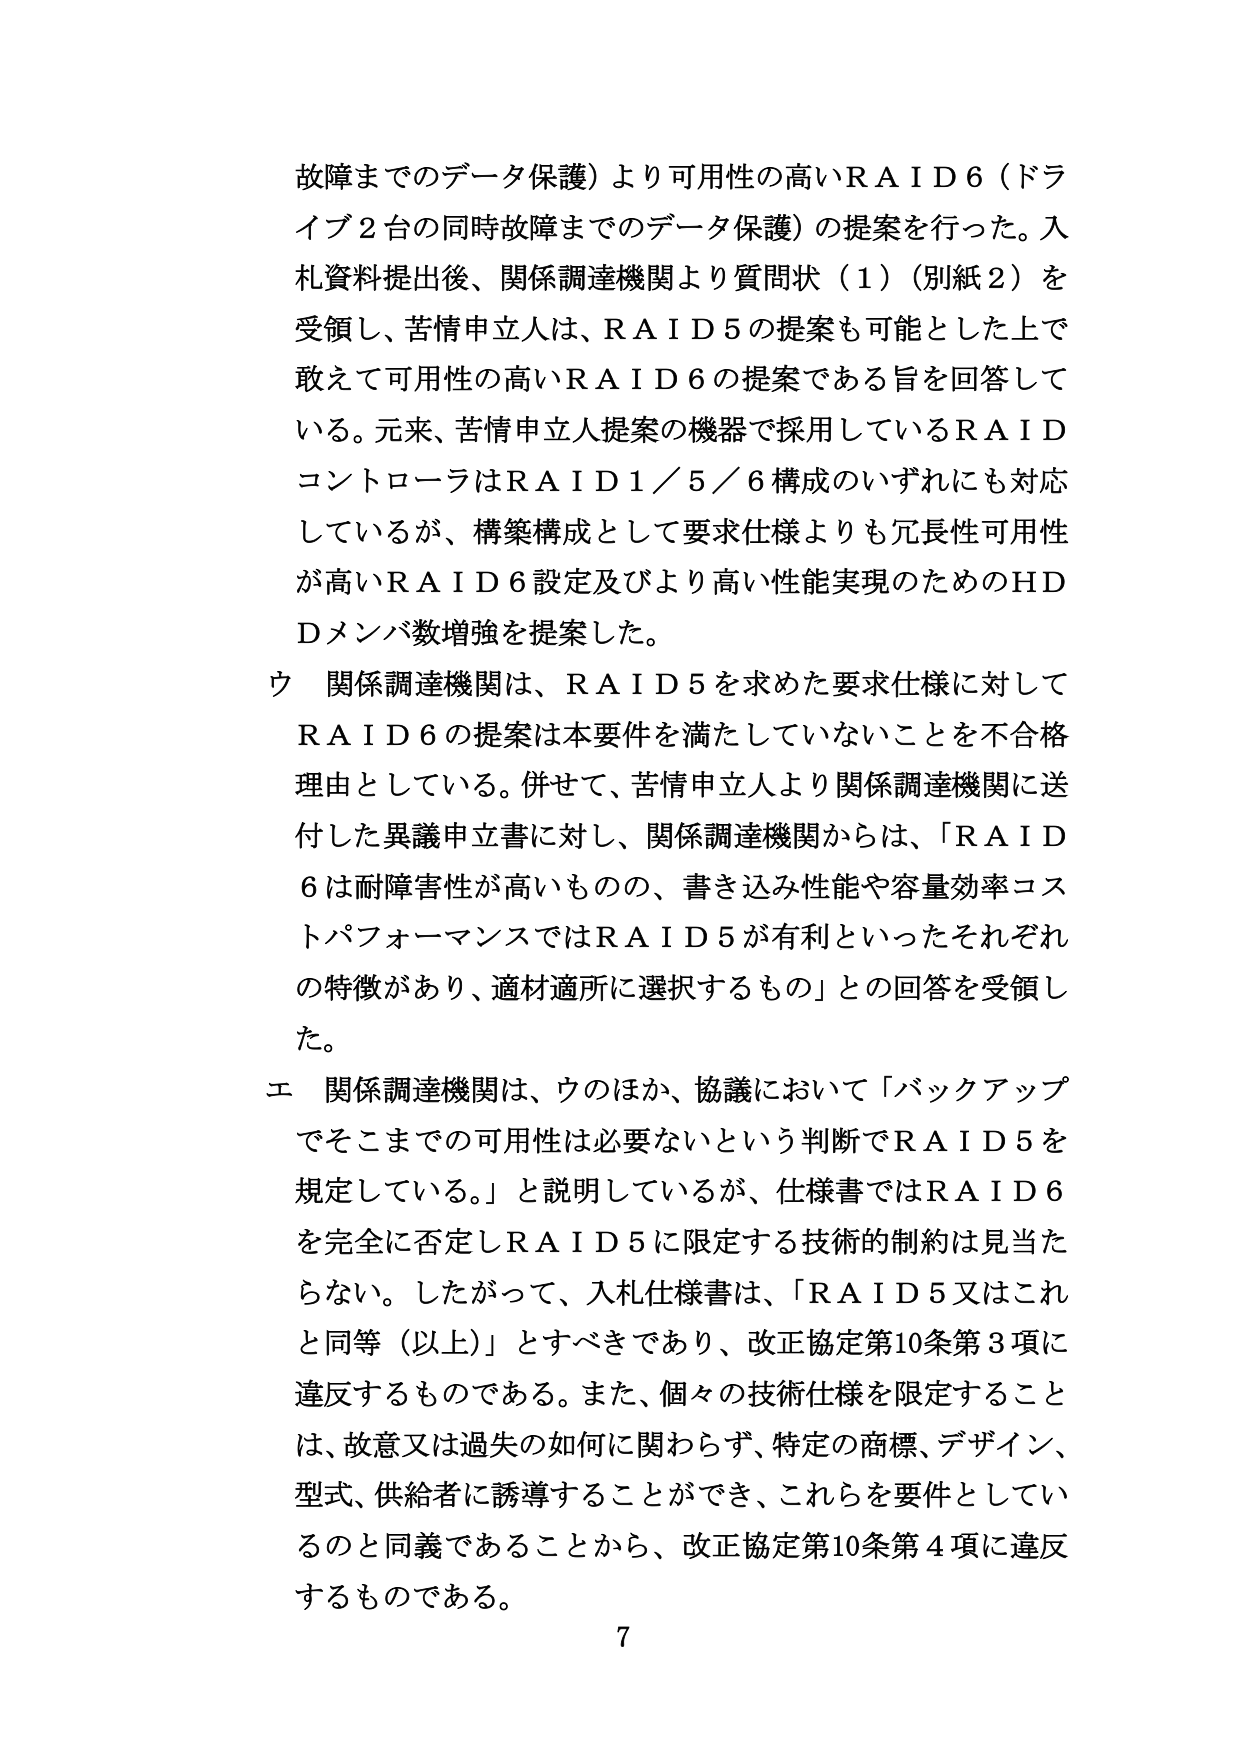
故障までのデータ保護）より可用性の高いＲＡＩＤ６（ドライブ２台の同時故障までのデータ保護）の提案を行った。入札資料提出後、関係調達機関より質問状（１）（別紙２）を受領し、苦情申立人は、ＲＡＩＤ５の提案も可能とした上で敢えて可用性の高いＲＡＩＤ６の提案である旨を回答している。元来、苦情申立人提案の機器で採用しているＲＡＩＤコントローラはＲＡＩＤ１／５／６構成のいずれにも対応しているが、構築構成として要求仕様よりも冗長性可用性が高いＲＡＩＤ６設定及びより高い性能実現のためのＨＤＤメンバ数増強を提案した。

ウ　関係調達機関は、ＲＡＩＤ５を求めた要求仕様に対してＲＡＩＤ６の提案は本要件を満たしていないことを不合格理由としている。併せて、苦情申立人より関係調達機関に送付した異議申立書に対し、関係調達機関からは、「ＲＡＩＤ６は耐障害性が高いものの、書き込み性能や容量効率コストパフォーマンスではＲＡＩＤ５が有利といったそれぞれの特徴があり、適材適所に選択するもの」との回答を受領した。

エ　関係調達機関は、ウのほか、協議において「バックアップでそこまでの可用性は必要ないという判断でＲＡＩＤ５を規定している。」と説明しているが、仕様書ではＲＡＩＤ６を完全に否定しＲＡＩＤ５に限定する技術的制約は見当たらない。したがって、入札仕様書は、「ＲＡＩＤ５又はこれと同等（以上）」とすべきであり、改正協定第10条第3項に違反するものである。また、個々の技術仕様を限定することは、故意又は過失の如何に関わらず、特定の商標、デザイン、型式、供給者に誘導することができ、これらを要件としているのと同義であることから、改正協定第10条第4項に違反するものである。

7